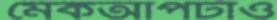
মেকআপটাও